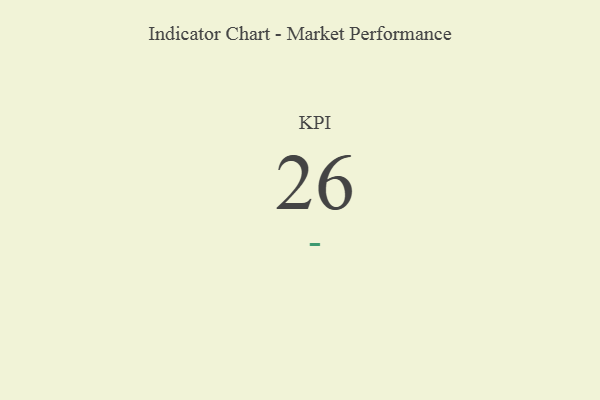
{"axis": {"x": "KPI", "y": "Value"}, "legend": [""], "data": [{"x": "KPI", "y": 26, "type": ""}]}